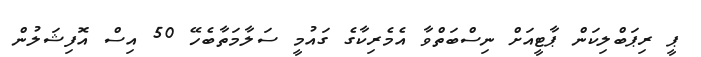
ޕީ ރިޕަބްލިކަން ޕާޓީއަށް ނިސްބަތްވާ އެމެރިކާގެ ގައުމީ ސަލާމަތާބެހޭ 50 އިސް އޮފިޝަލުން